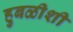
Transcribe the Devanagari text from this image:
हुबळीशी